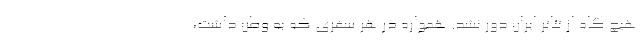
هیچ گاه از تئاتر ایران دور نشد. همواره در هر سفری که به وطن داشت،